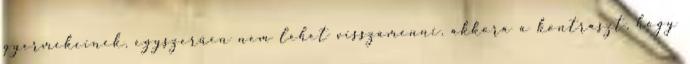
gyermekeinek, egyszerűen nem lehet visszamenni. akkora a kontraszt, hogy